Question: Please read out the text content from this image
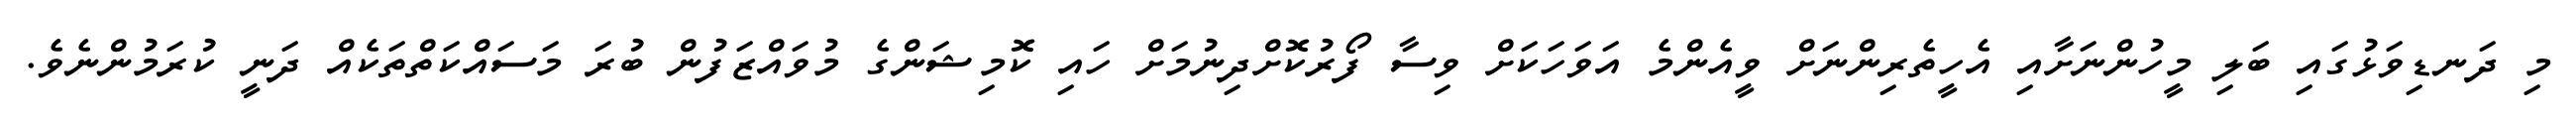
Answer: މި ދަނޑިވަޅުގައި ބަލި މީހުންނަށާއި އެހީތެރިންނަށް ވީއެންމެ އަވަހަކަށް ވިސާ ފޯރުކޮށްދިނުމަށް ހައި ކޮމިޝަންގެ މުވައްޒަފުން ބުރަ މަސައްކަތްތަކެއް ދަނީ ކުރަމުންނެވެ.